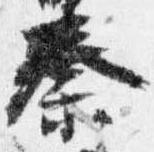
秦